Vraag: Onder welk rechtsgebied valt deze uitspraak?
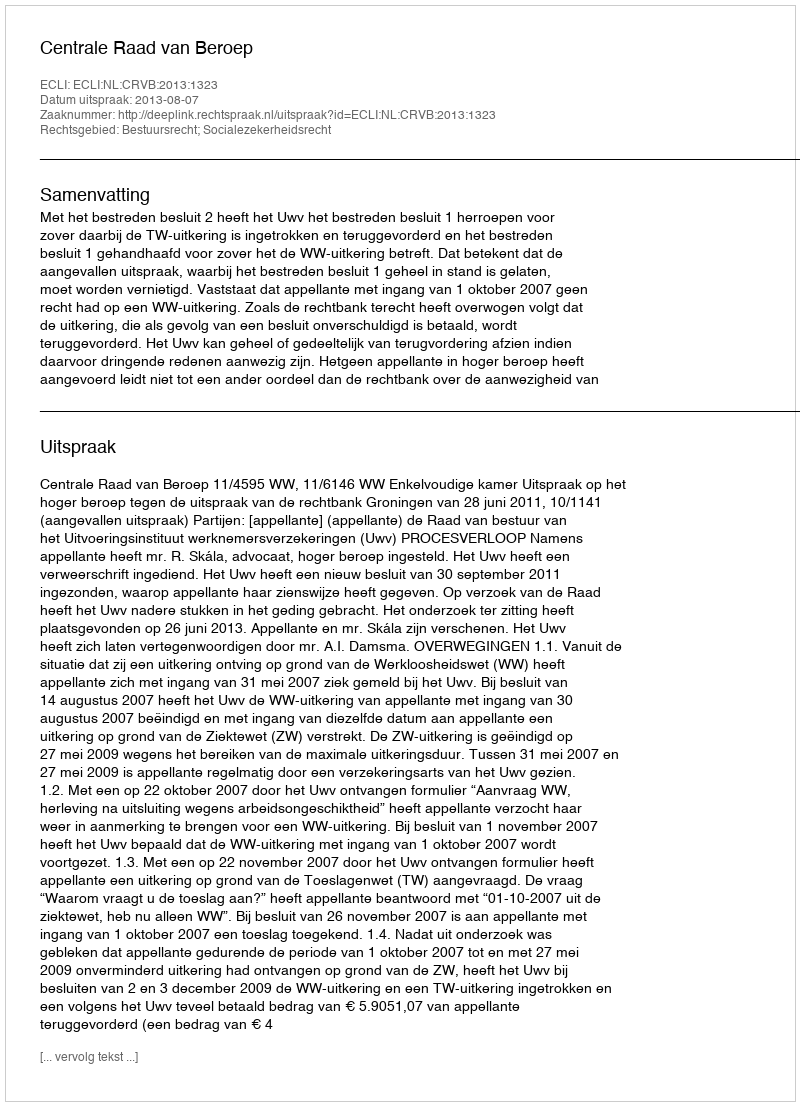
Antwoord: Bestuursrecht; Socialezekerheidsrecht